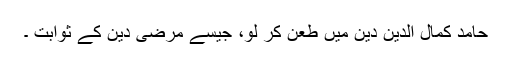
حامد کمال الدین دین میں طعن کر لو، جیسے مرضی دین کے ثوابت ۔